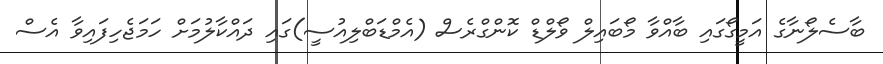
ބާސެލޯނާގެ އަމީގޯގައި ބާއްވާ މޯބައިލް ވޯލްޑް ކޮންގްރެސް (އެމްޑަބްލިއުސީ)ގައި ދައްކާލުމަށް ހަމަޖެހިފައިވާ އެސް